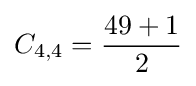
C_{4,4}={\frac {49+1}{2}}